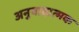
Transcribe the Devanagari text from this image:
अनुवादात्मक